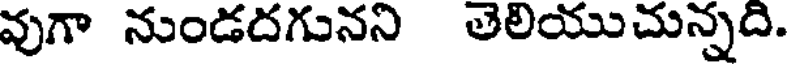
వుగా నుండదగునని తెలియుచున్నది.